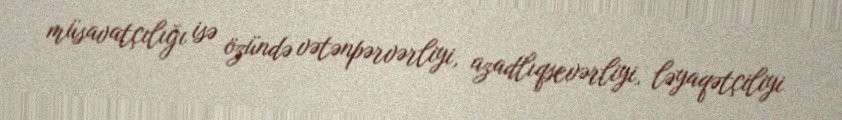
müsavatçılığı isə özündə vətənpərvərliyi, azadlıqsevərliyi, ləyaqətçiliyi